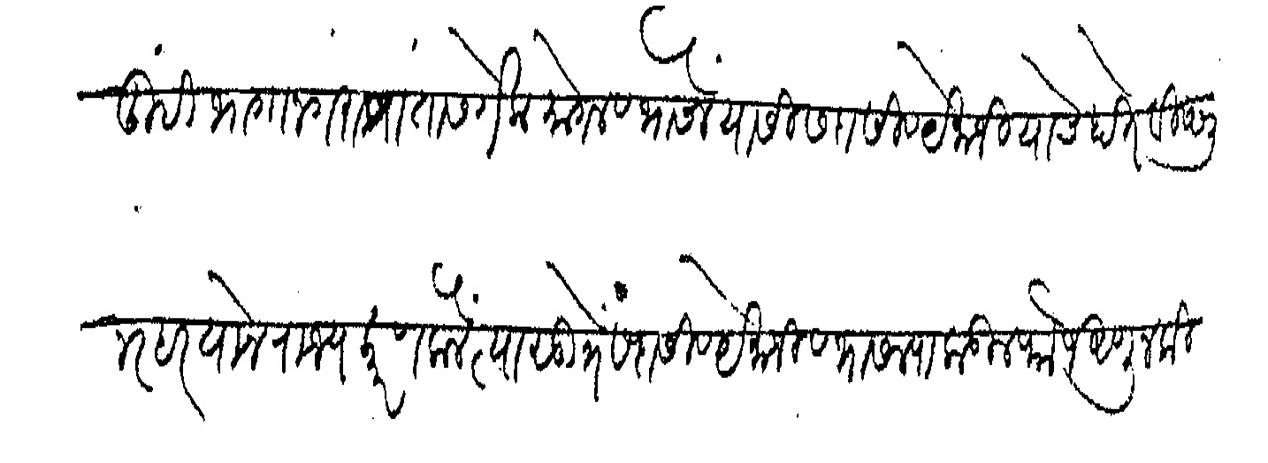
Transliteration (Devanagari): तुम्ही भागानगराप्रांतास गेला मोगल व भोसले यासी सदासिव येमाजी याचेहाते विष्णु नरहल बाने राज्यकारण केले त्यासूत्रे सदासिव येमाजी व भा भोसल्याकडील फौज आणून किल्यास